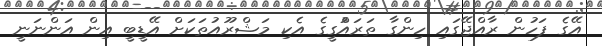
އޭގެ ފަހުން ރާއްޖޭގައި ހިންގާ ތަރައްުގީގެ އެކި މަޝްރޫއުތަކަށް އޭޑީބީ އިން އަންނަނީ